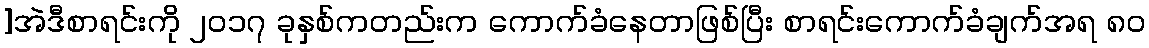
]အဲဒီစာရင်းကို ၂၀၁၇ ခုနှစ်ကတည်းက ကောက်ခံနေတာဖြစ်ပြီး စာရင်းကောက်ခံချက်အရ ၈၀